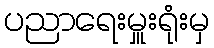
ပညာရေးမှူးရုံးမှ